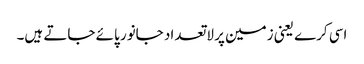
اسی کرے یعنی زمین پر لاتعداد جانور پائے جاتے ہیں۔